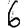
Digit: 6